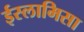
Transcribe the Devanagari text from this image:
ईस्लामिसा